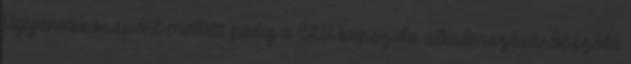
Ugyanakkor sport mellett pedig a CLA kapszula alkalmazásáról szóló